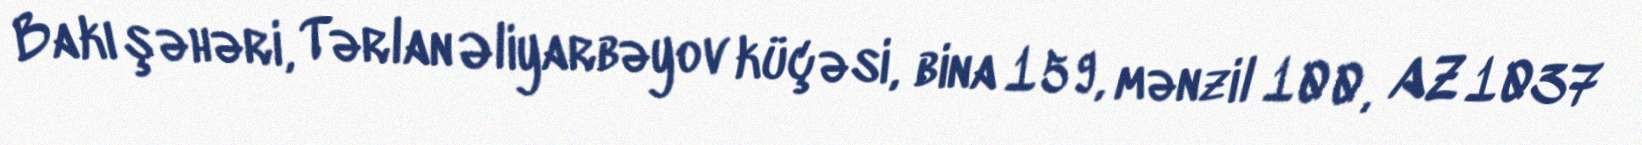
Bakı şəhəri, Tərlan Əliyarbəyov küçəsi, bina 159, mənzil 100, AZ 1037